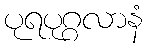
ပုရပုဂ္ဂလာနံ